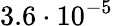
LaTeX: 3.6\cdot 10^{-5}